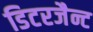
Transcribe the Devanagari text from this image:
डिटरजैन्ट